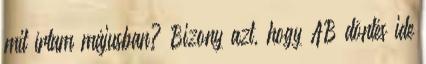
mit írtam májusban? Bizony azt, hogy AB döntés ide